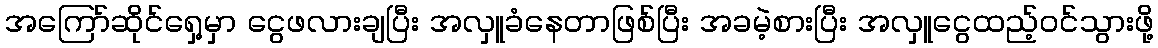
အကြော်ဆိုင်ရှေ့မှာ ငွေဖလားချပြီး အလှူခံနေတာဖြစ်ပြီး အခမဲ့စားပြီး အလှူငွေထည့်ဝင်သွားဖို့